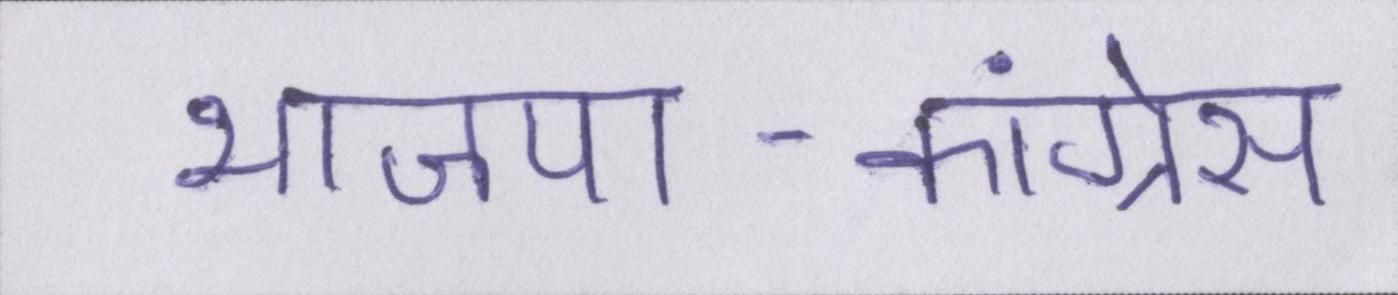
भाजपा-कांग्रेस